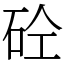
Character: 砼